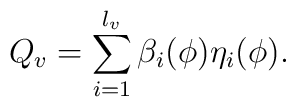
Q_v=\sum_{i=1}^{l_v}\beta _i(\phi )\eta _i(\phi ).